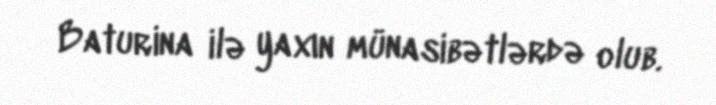
Baturina ilə yaxın münasibətlərdə olub.